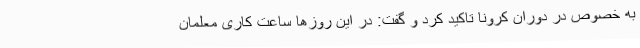
به خصوص در دوران کرونا تاکید کرد و گفت: در این روزها ساعت کاری معلمان